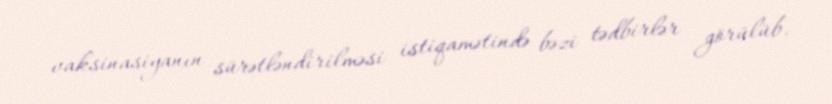
vaksinasiyanın sürətləndirilməsi istiqamətində bəzi tədbirlər görülüb.